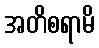
အတိစရာမိ